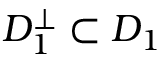
D _ { 1 } ^ { \bot } \subset D _ { 1 }